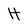
Character: H